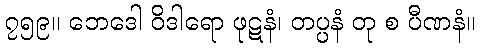
၇၅၉။ ဘေဒေါ ဝိဒါရော ဖုဋနံ၊ တပ္ပနံ တု စ ပီဏနံ။